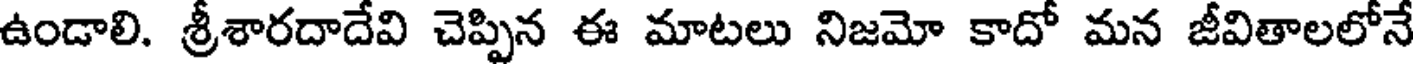
ఉండాలి. శ్రీశారదాదేవి చెప్పిన ఈ మాటలు నిజమో కాదో మన జీవితాలలోనే